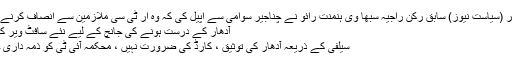
20 نومبر (سیاست نیوز) سابق رکن راجیہ سبھا وی ہنمنت رائو نے چناجیر سوامی سے اپیل کی کہ وہ آر ٹی سی ملازمین سے انصاف کرنے کے …
آدھار کے درست ہونے کی جانچ کے لیے نئے سافٹ ویر کی تیاری
سیلفی کے ذریعہ آدھار کی توثیق ، کارڈ کی ضرورت نہیں ، محکمہ آئی ٹی کو ذمہ داری حیدرآباد۔